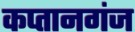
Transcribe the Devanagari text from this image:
कप्‍तानगंज